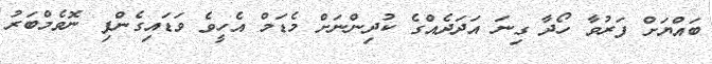
ބައްޔަށް ފަރުވާ ހޯދާ ގިނަ އަދަދެއްގެ ކުދިންނަށް މެޑަމް އެހީވެ ވަޑައިގެންފި ނޮވެމްބަރު